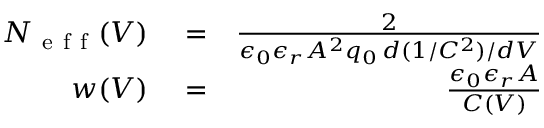
\begin{array} { r l r } { N _ { \mathrm { ~ e ~ f ~ f ~ } } ( V ) } & { { } = } & { \frac { 2 } { \epsilon _ { 0 } \epsilon _ { r } A ^ { 2 } q _ { 0 } \, d ( 1 / C ^ { 2 } ) / d V } } \\ { w ( V ) } & { { } = } & { \frac { \epsilon _ { 0 } \epsilon _ { r } A } { C ( V ) } } \end{array}